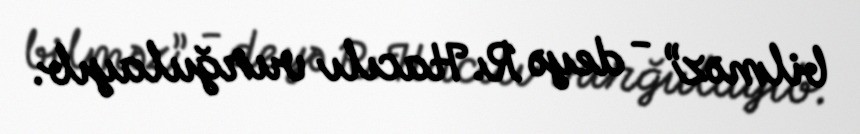
bilməz” - deyə R.Hacılı vurğulayıb.